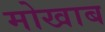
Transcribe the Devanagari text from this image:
मोखाब